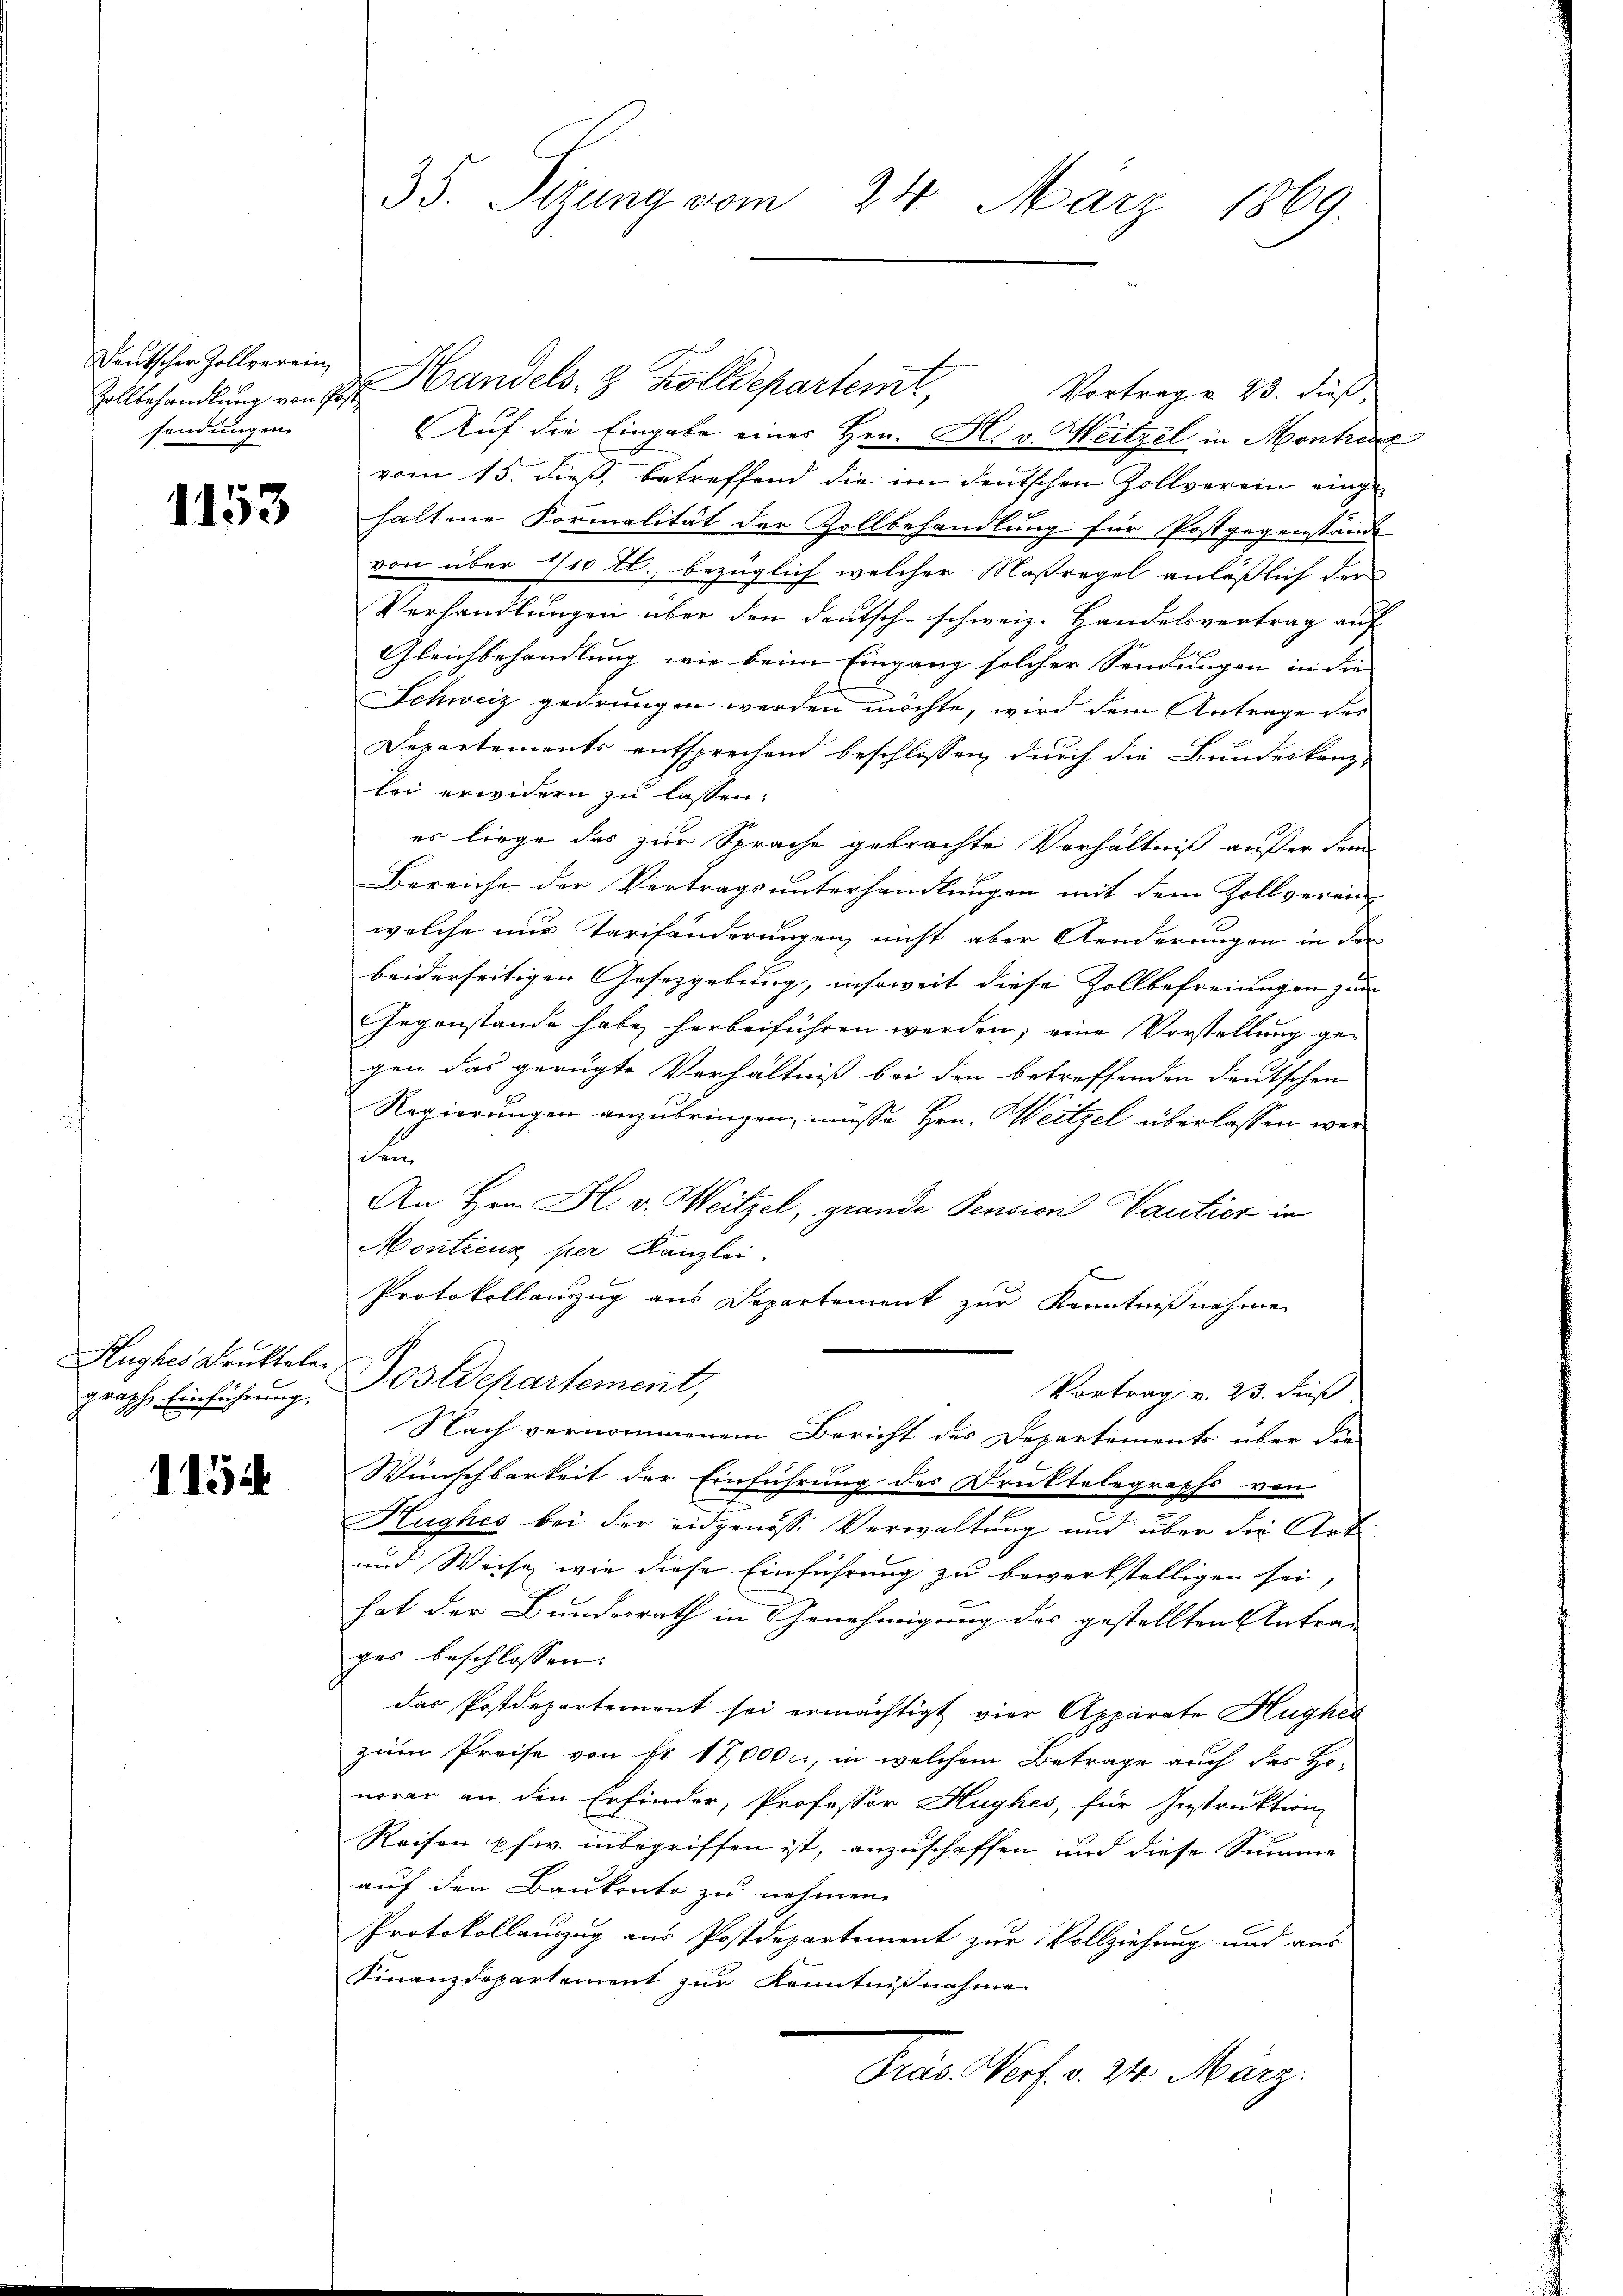
Teutscher Zollverein,
sendungen.

1153

graph Einführung.

1154

Vollbehandlung von der Handels- & Zolldepartert,
Vortrag 23. dieß,
Auf die Eingabe eines Hrn. H. v. Weitzel in Montreux
vom 15. dieß, betreffend die im deutschen Zollverein einge
haltene Formalität der Zollbehandlung für Postgegenstände
von über 1/10 l., bezüglich welcher Maßregel anläßlich der
Verhandlungen über den deutsch-schweiz. Handelsvertrag auf
Gleichbehandlung wie beim Eingang solcher Sendungen in die
Schweiz gedrungen werden möchte, wird dem Antrage des
Departements entsprechend beschlossen, durch die Bundeskanz-
bei erwidern zu lassen.
es liege das zur Sprache gebrachte Verhältniß außer dam
Bereiche der Vertragsunterhandlungen mit dem Zollverein-
welche nur Tarifänderungen, nicht aber Aenderungen in der
beiderseitigen Gesetzgebung, insoweit diese Zollbefreiungen zum
Gegenstände habe herbeiführen werden; eine Vorstellung gegen das gerügte Verhältniß bei den betreffenden Deutschen
Regierungen anzubringen, müsse Hrn. Weitzel überlassen wer¬
Fen
An Hrn. H. v. Weitzel, grande Pension Varitier in
Montreux per Kanzlei.
Protokollauszug aus Departement zur Kenntnißnahmen
Hughes druktele Postdepartement,
Vortrag v. 23. dieß
Nach vernommenem Bericht des Departements über die
Wunschbarkeit der Einführung des Druktelegraphs von
Hughes bei der eidgenösse Verwaltung und über die Art
und Weise, wie diese Einführung zu bewerkstelligen sei,
hat der Bundesrath in Genehmigung des gestellten Antrag
ges beschlossen:
das Postdepartement sei ermächtigt vier Apparate Hugher
zum Preise von Fr. 17,000 l., in welchem Betrage auch das Ho-
noren an den Erfinder, Professor Hughes, für Instruktion
Reisen pfw. inbegriffen ist, anzuschaffen und diese Summe
auf den Baukonto zu nehmen.
Protokollauszug aus Postdepartement zur Vollziehung und aus
Finanzdepartement zur Kenntnißnahme
Preis Norf v. 24. März.

35. Sizung vom 24. März 1869.